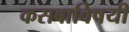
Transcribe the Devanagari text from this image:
कसबाविषयी